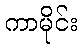
ကာမိုင်း